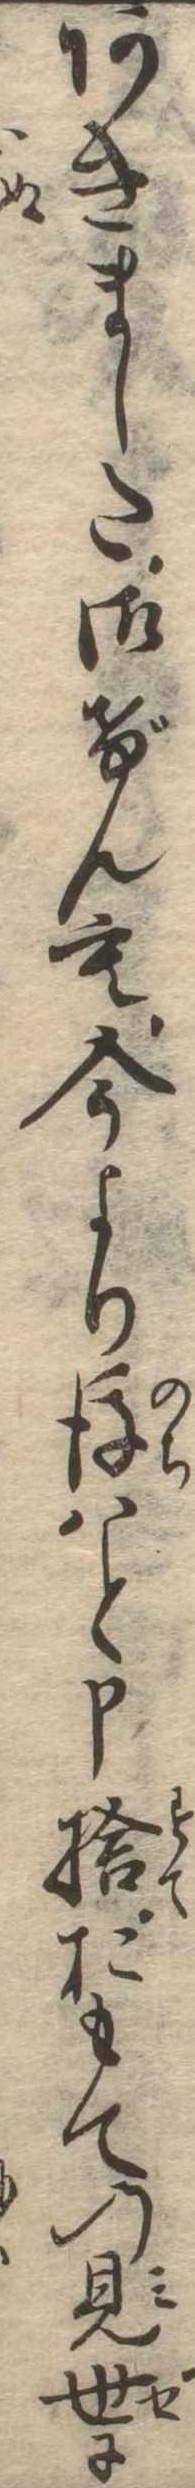
あきました御げんも今より後はと申捨おもての見世に